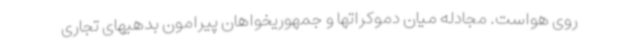
روی هواست. مجادله میان دموکراتها و جمهوریخواهان پیرامون بدهیهای تجاری